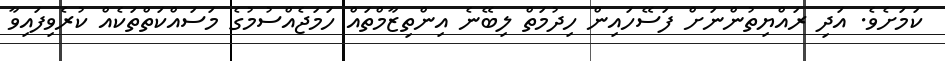
ކަަމަށެވެ. އަދި ރައްޔިތުންނަށް ފަސޭހައިން ހިދުމަތް ލިބޭނެ އިންތިޒާމްތައް ހަމަޖެއްސުމުގެ މަސައްކަތްތަކެއް ކުރެވިފައިވާ